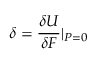
\delta = \frac { \delta { U } } { \delta { F } } \textbar { _ { P = 0 } }